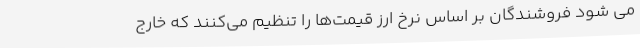
می شود فروشندگان بر اساس نرخ ارز قیمت‌ها را تنظیم می‌کنند که خارج